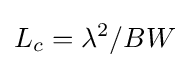
L_{c}=\lambda ^{2}/BW